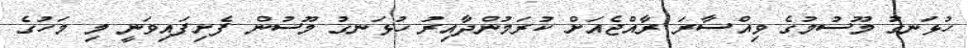
ހުޅަނގު މޫސުމުގެ ވިއްސާރަ ރާއްޖެއަށް ކުރަމުންދާއިރު ހުޅަނގު މޫސުން ފެށިފައިވަނީ މި މަހުގެ